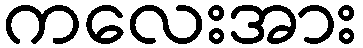
ကလေးအား